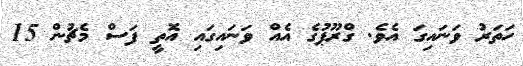
ހަތަރު ވަނައިގަ އެވެ. ގްރޫޕުގެ އެއް ވަނައިގައި އޮތީ ފަސް މެޗުން 15